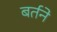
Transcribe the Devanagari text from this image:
बर्तने